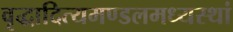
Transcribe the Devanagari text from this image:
वृद्धादित्यमण्डलमध्यस्थां